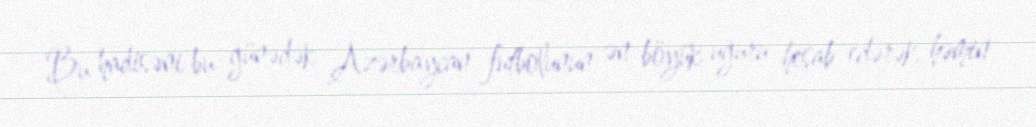
Bu hadisəni bu günədək Azərbaycan futbolunun ən böyük uğuru hesab edərək, həmin